Problem: 34 + 3 = ?
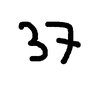
Handwritten answer: 37